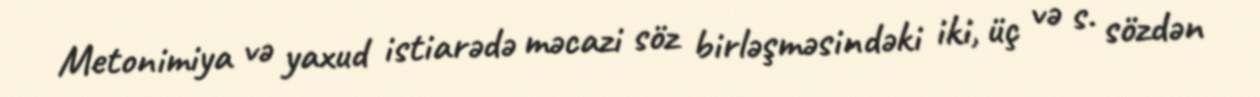
Metonimiya və yaxud istiarədə məcazi söz birləşməsindəki iki, üç və s. sözdən